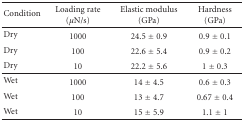
<table><thead><tr><td><b>Condition</b></td><td><b>Loading rate (<i>μ</i>N/s)</b></td><td><b>Elastic modulus (GPa)</b></td><td><b>Hardness (GPa)</b></td></tr></thead><tbody><tr><td>Dry</td><td>1000</td><td>24.5 ± 0.9</td><td>0.9 ± 0.1</td></tr><tr><td>Dry</td><td>100</td><td>22.6 ± 5.4</td><td>0.9 ± 0.2</td></tr><tr><td>Dry</td><td>10</td><td>22.2 ± 5.6</td><td>1 ± 0.3</td></tr><tr><td>Wet</td><td>1000</td><td>14 ± 4.5</td><td>0.6 ± 0.3</td></tr><tr><td>Wet</td><td>100</td><td>13 ± 4.7</td><td>0.67 ± 0.4</td></tr><tr><td>Wet</td><td>10</td><td>15 ± 5.9</td><td>1.1 ± 1</td></tr></tbody></table>